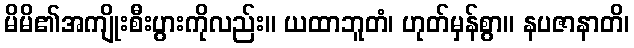
မိမိ၏အကျိုးစီးပွားကိုလည်း။ ယထာဘူတံ၊ ဟုတ်မှန်စွာ။ နပဇာနာတိ၊